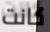
كانت